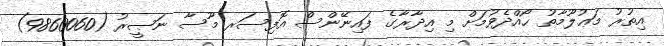
އިތުރު މަޢުލޫމާތު ހޯއްދެވުމަށް މި އިދާރާގެ ފައިނޭންސް އޮފިސަރ މޫސާ ނަޞީރު (9860060)